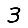
Digit: 3